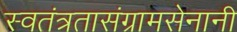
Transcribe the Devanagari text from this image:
स्वतंत्रतासंग्रामसेनानी